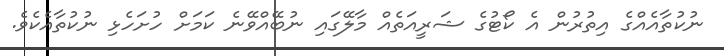
ނުކުތާއެއްގެ އިތުރުން އެ ކޯޓުގެ ޝަރީއަތެއް މާލޭގައި ނުބޭއްވޭނެ ކަމަށް ހުށަހެޅި ނުކުތާއެކެވެ.